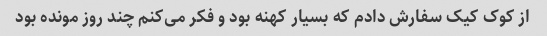
از کوک کیک سفارش دادم که بسیار کهنه بود و فکر می‌کنم چند روز مونده بود